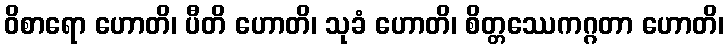
ဝိစာရော ဟောတိ၊ ပီတိ ဟောတိ၊ သုခံ ဟောတိ၊ စိတ္တဿေကဂ္ဂတာ ဟောတိ၊